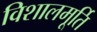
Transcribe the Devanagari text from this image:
विशालमूर्ति